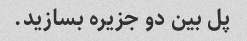
پل بین دو جزیره بسازید.